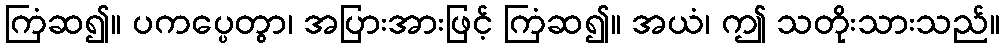
ကြံဆ၍။ ပကပ္ပေတွာ၊ အပြားအားဖြင့် ကြံဆ၍။ အယံ၊ ဤ သတိုးသားသည်။